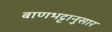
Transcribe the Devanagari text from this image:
बाणभट्टानुसार